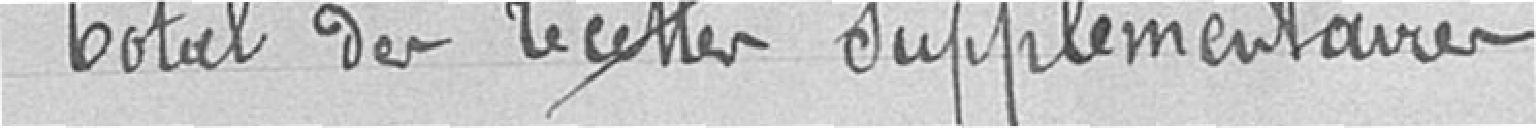
Total des recettes supplémentaires